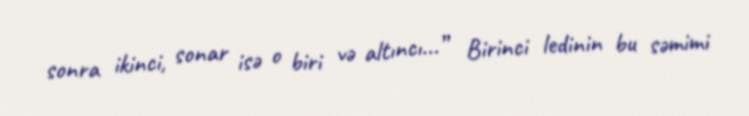
sonra ikinci, sonar isə o biri və altıncı...” Birinci ledinin bu səmimi